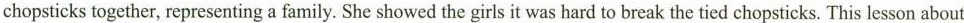
chopsticks together, representing a family. She showed the girls it was hard to break the tied chopsticks. This lesson about